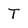
Character: T